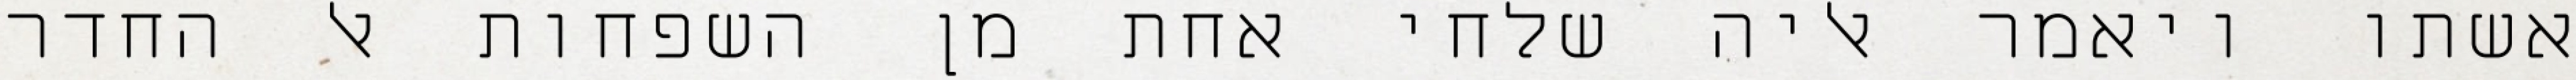
אשתו ויאמר אליה שלחי אחת מן השפחות אל החדר